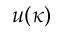
u ( \kappa )